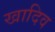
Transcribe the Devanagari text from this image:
खादिव